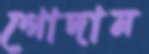
গোদান